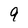
Character: 9